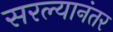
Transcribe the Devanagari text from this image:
सरल्यानंतर